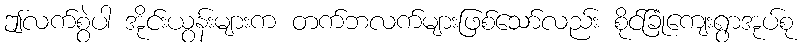
ဤလက်စွဲပါ အိုင်းယွန်းများက တက်ဘလက်များဖြစ်သော်လည်း စိုင်ခြုံကျေးရွာအုပ်စု